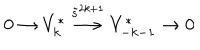
0 \rightarrow V _ { k } ^ { * } \stackrel { \tilde { s } ^ { 2 k + 1 } } { \longrightarrow } V _ { - k - 1 } ^ { * } \rightarrow 0